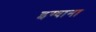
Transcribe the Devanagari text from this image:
इग्वाना